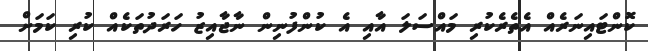
ކޮންޓައިނަރެއް އެތެރެކުރި މައްސަލަ އާއި އެ ކުންފުނިން ނާޖާއިޒު ހަރަދުތަކެއް ކުރި ކަމަށް